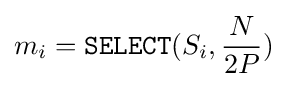
m_{i}={\texttt {SELECT}}(S_{i},{\frac {N}{2P}})